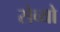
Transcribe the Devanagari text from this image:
सेव्यो